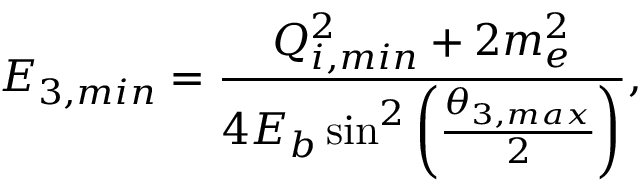
E _ { 3 , { m i n } } = \frac { Q _ { i , { m i n } } ^ { 2 } + 2 m _ { e } ^ { 2 } } { 4 E _ { b } \sin ^ { 2 } \left( \frac { \theta _ { 3 , { m a x } } } { 2 } \right) } ,